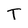
Character: T